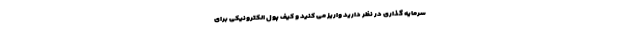
سرمایه گذاری در نظر دارید واریز می کنید و کیف پول الکترونیکی برای